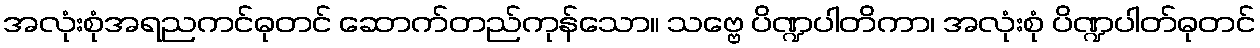
အလုံးစုံအရညကင်ဓုတင် ဆောက်တည်ကုန်သော။ သဗ္ဗေ ပိဏ္ဍပါတိကာ၊ အလုံးစုံ ပိဏ္ဍပါတ်ဓုတင်